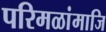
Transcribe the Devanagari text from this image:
परिमळांमाजि